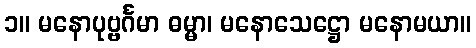
၁။ မနောပုဗ္ဗင်္ဂမာ ဓမ္မာ၊ မနောသေဋ္ဌော မနောမယာ။